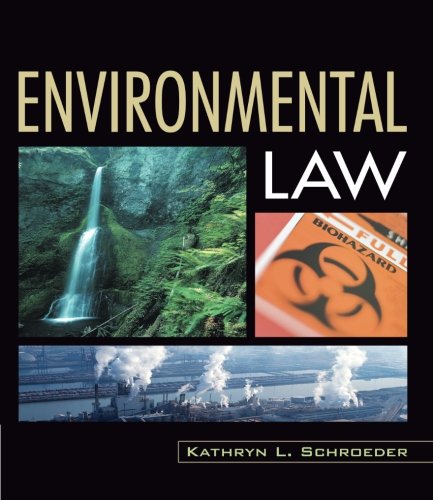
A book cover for Environmental Law; Kathryn L Schroeder; Law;